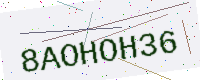
Text: 8AOHOH36